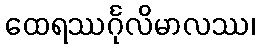
ထေရဿင်္ဂုလိမာလဿ၊